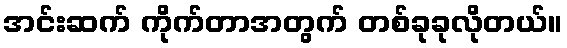
အင်းဆက် ကိုက်တာအတွက် တစ်ခုခုလိုတယ်။